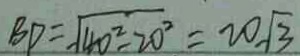
B P = \sqrt { 4 0 ^ { 2 } - 2 0 ^ { 2 } } = 2 0 \sqrt { 3 }